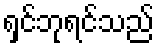
ရှင်ဘုရင်သည်